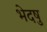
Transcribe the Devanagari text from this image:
भेदषु